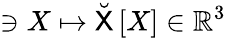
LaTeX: \ni X\mapsto\breve{\mathsf{X}}\left[X\right]\in\mathbb{R}^{3}